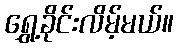
ရွှေ့ခိုင်းလိမ့်မယ်။